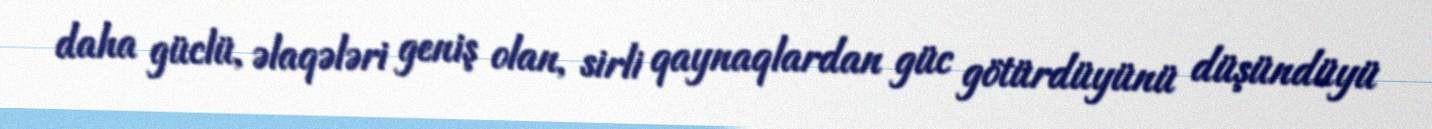
daha güclü, əlaqələri geniş olan, sirli qaynaqlardan güc götürdüyünü düşündüyü